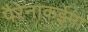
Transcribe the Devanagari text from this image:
पैरेनाकईमा